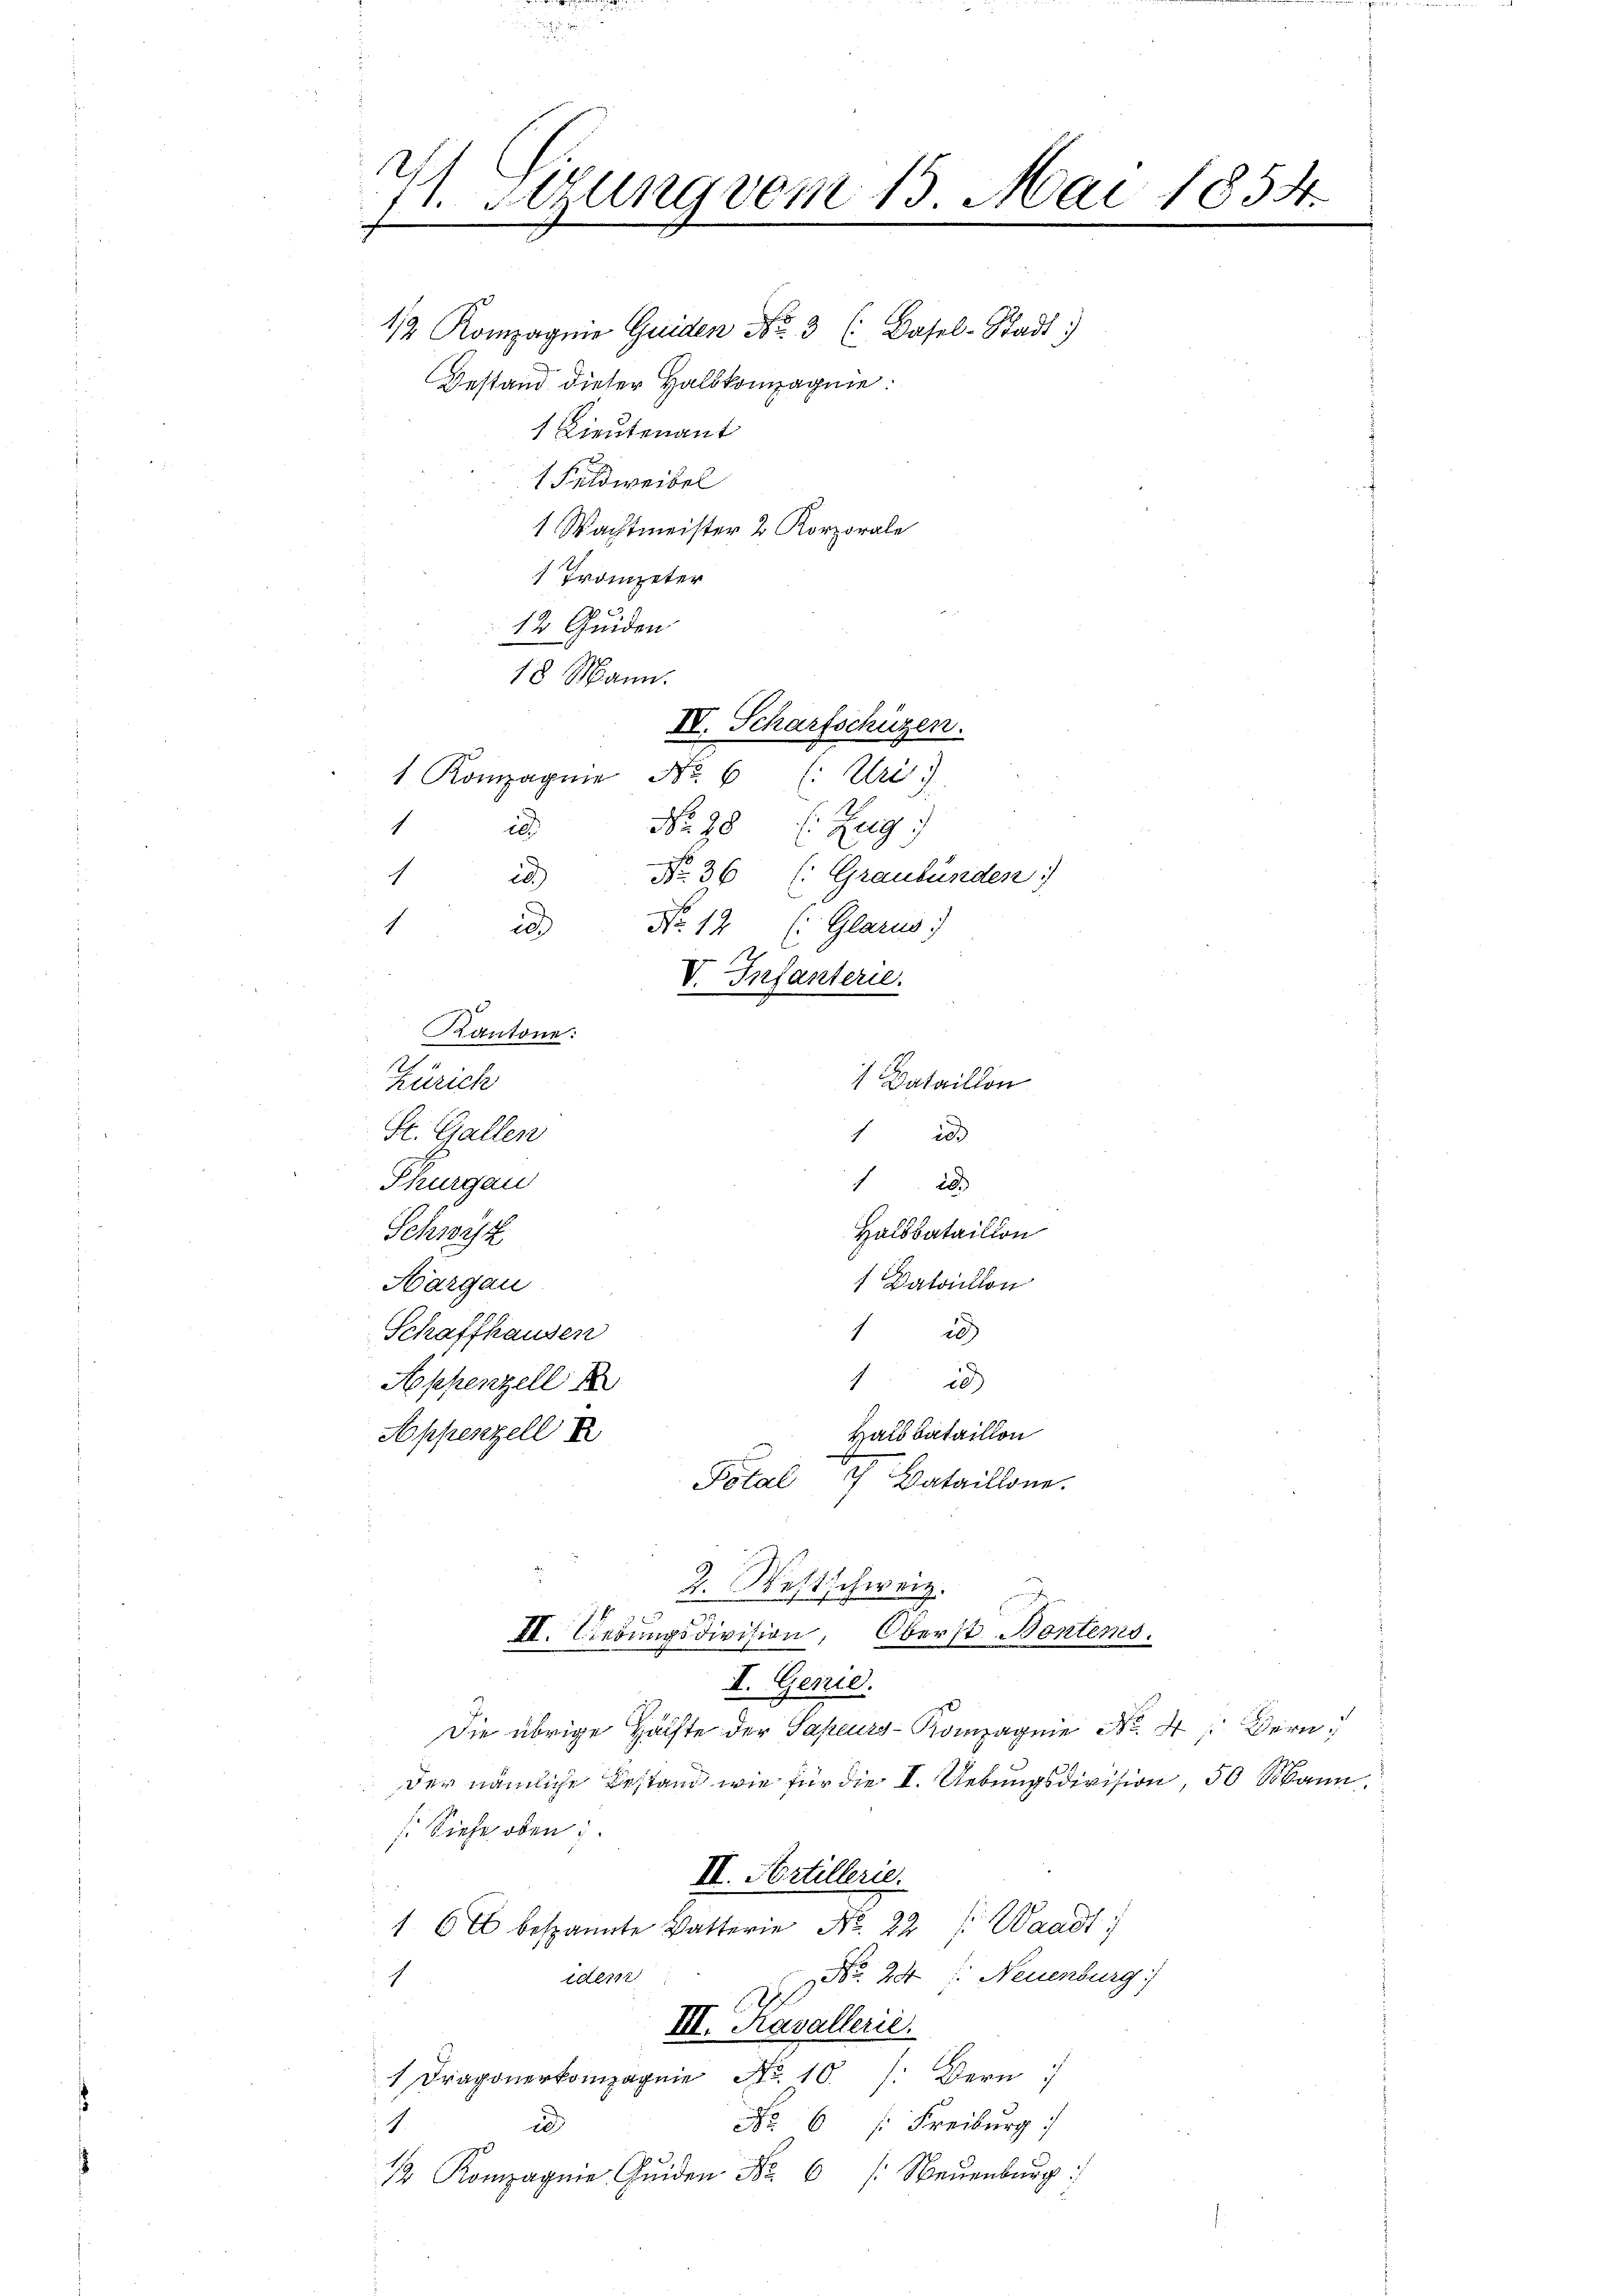
71. Segung vom 13. Mai 1854.

Bestand dieser Halbkompagnie.
1 Lieutenant
1 Feldweibel
1 Wachtmeister 2 Korporale
1 Trompeter
12 Guiden
18 Mann.
1 Kompagnie No. 6 (: Uri i
No. 28 (Zug:
1
ic
No. 36 (: Graubünden
h
in
Nr. 12 (: Glarus
1
ia
V. Infanterie.
 Kantone:
1 Bataillon
Zürich
St. Gallen
 20
Thurgau
20
Schwest
Halbbataillon
 Bataillon
Hargau
120
Schaffhausen
20)
Appenzell
Appenzell
Halbbataillon

12 Kompagnie Guiden No. 3 (Basel-Stadt

IV. Scharfschüzen.

Polal 4 Bataillone.

2. Westschweiz.
II. Liebungsdivision, Oberst Bontems.

I. Genie.
Die übrige Hälfte der Sapeurs-Kompagnie No. 4: Bern
.
Der nämliche Bestand wie für die I. Uebungsdivision, 50 Mann,
s Siehe oben.
II. Artillerie.
16 bespannte Vatterie No. 22 Waadt
idern
N 24: Neuenburg)
.
III. Kavallerie.
 Dragoneronie No. 10. /: Bern
1
No. 6. Freiburg
u
 Kompagnie den No 6 /: Neuenburg: